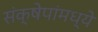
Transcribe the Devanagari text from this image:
संक्षेपांमध्ये